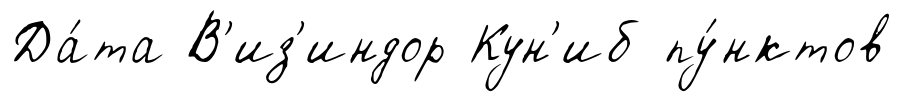
Да́та В'из'индор Кун'иб пу́нктов